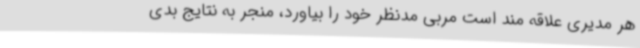
هر مدیری علاقه مند است مربی مدنظر خود را بیاورد، منجر به نتایج بدی